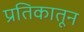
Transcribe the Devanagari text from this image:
प्रतिकातून